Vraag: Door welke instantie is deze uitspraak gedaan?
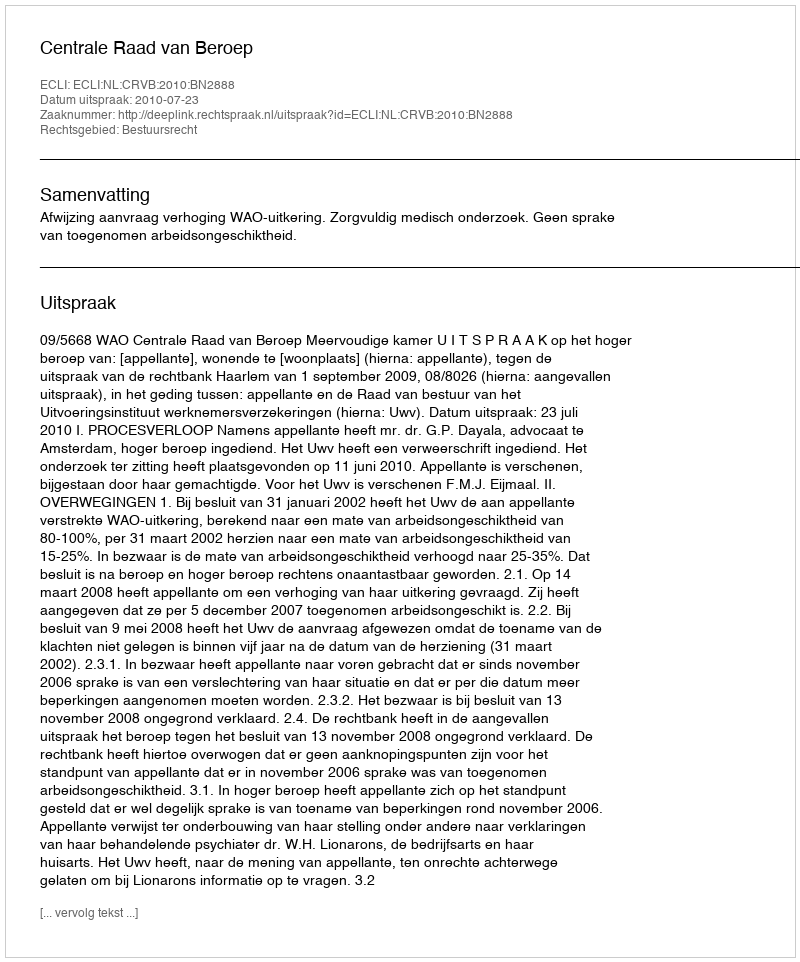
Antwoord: Centrale Raad van Beroep